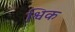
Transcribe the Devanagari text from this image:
श्विक